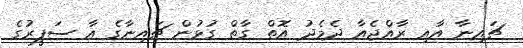
ޗައިނާ އާއި ރާއްޖެއާ ދެމެދު އޮތް ގާތް ގުޅުން ޗައިނާގެ އާ ސަފީރުގެ